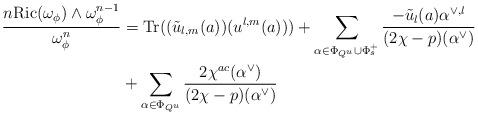
LaTeX: \begin{align*}\frac{n\mathrm{Ric}(\omega_{\phi})\wedge \omega_{\phi}^{n-1}}{\omega_{\phi}^n} & =\mathrm{Tr}((\tilde{u}_{l,m}(a))(u^{l,m}(a))) +\sum_{\alpha\in \Phi_{Q^u}\cup\Phi_s^+} \frac{-\tilde{u}_l(a)\alpha^{\vee,l}}{(2\chi-p)(\alpha^{\vee})} \\ & +\sum_{\alpha\in \Phi_{Q^u}}\frac{2\chi^{ac}(\alpha^{\vee})}{(2\chi-p)(\alpha^{\vee})} \end{align*}